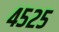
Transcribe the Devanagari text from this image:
४५२५